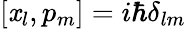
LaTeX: [\mathit{x}_{l},p_{m}]=i\hbar\delta_{lm}